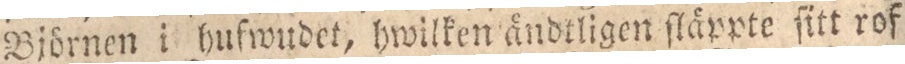
Björnen i hufwudet, hwilken ändtligen ſläppte ſitt rof